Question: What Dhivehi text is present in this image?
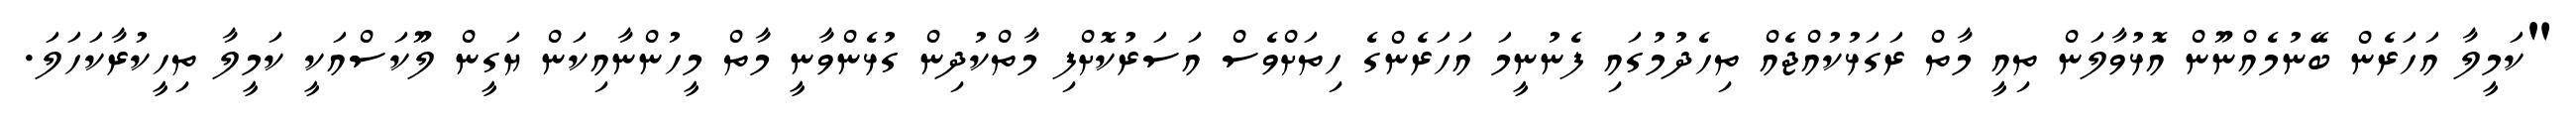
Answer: "ކަމީލާ އަހަރެން ބޭނުމެއްނޫން އޮޅުވާލަން ތިއީ މާތް ރަގަޅުކުއްޖެއް ތިހެދުމުގައި ފެނުނީމަ އަހަރެންގެ ހިތަށްވެސް އަސަރުކޮށްފި މާތްކުދިން ގުޅެންވާނީ މާތް މީހުންނާއިކަން ޔަގީން ލޫކަސްއަކީ ކަމީލާ ތިހީކުރާކަހަލަ.